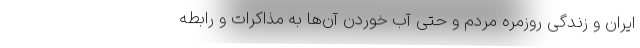
ایران و زندگی روزمره مردم و حتی آب خوردن آن‌ها به مذاکرات و رابطه